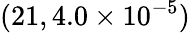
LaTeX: (21,4.0\times 10^{-5})